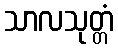
သာလသုတ္တံ